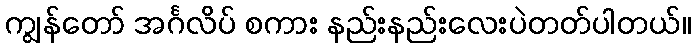
ကျွန်တော် အင်္ဂလိပ် စကား နည်းနည်းလေးပဲတတ်ပါတယ်။